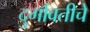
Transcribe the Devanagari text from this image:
दुर्गावतीचे